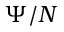
\Psi / N